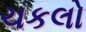
ચકલો